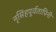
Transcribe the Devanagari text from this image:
नृसिंहपूर्वतापिनी